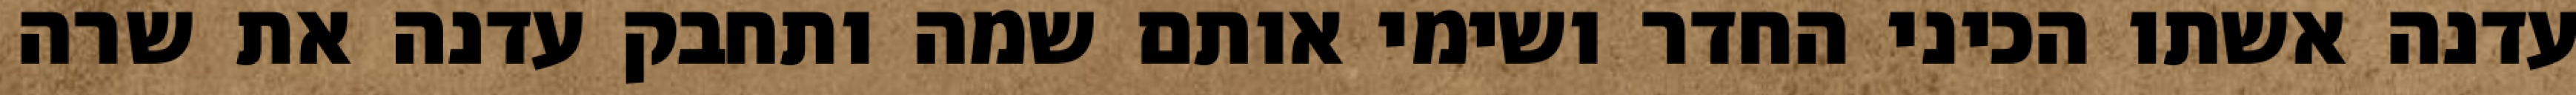
עדנה אשתו הכיני החדר ושימי אותם שמה ותחבק עדנה את שרה